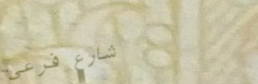
شارع فرعي